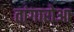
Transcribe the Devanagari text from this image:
तांगारोआ